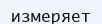
измеряет